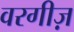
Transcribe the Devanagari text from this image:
वरगीज़